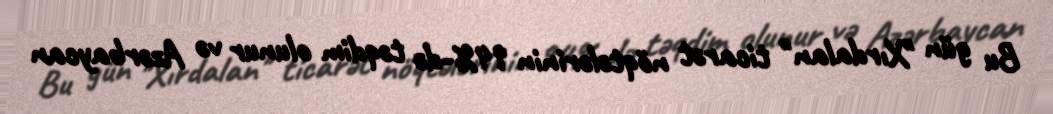
Bu gün "Xırdalan" ticarət nöqtələrinin 94%-də təqdim olunur və Azərbaycan